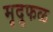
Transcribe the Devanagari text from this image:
मृदुफळ